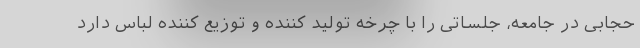
حجابی در جامعه، جلساتی را با چرخه تولید کننده و توزیع کننده لباس دارد